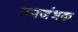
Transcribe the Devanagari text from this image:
उपजंभक